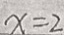
x = 2